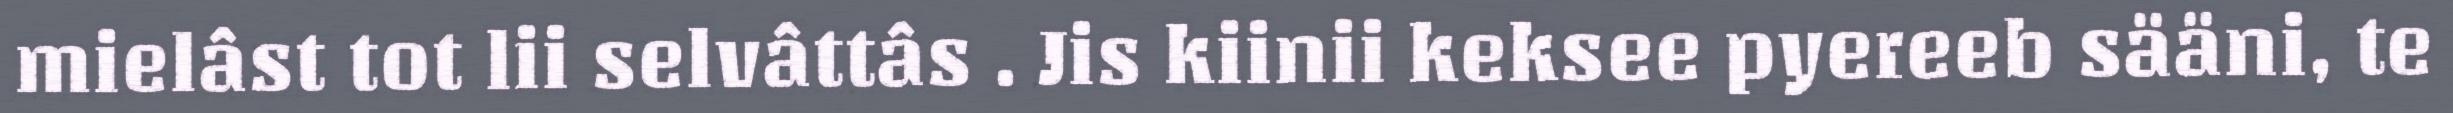
mielâst tot lii selvâttâs . Jis kiinii keksee pyereeb sääni, te